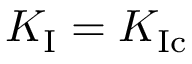
K _ { \mathrm { I } } = K _ { \mathrm { I c } }